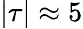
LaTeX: |\tau|\approx 5